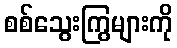
စစ်သွေးကြွများကို